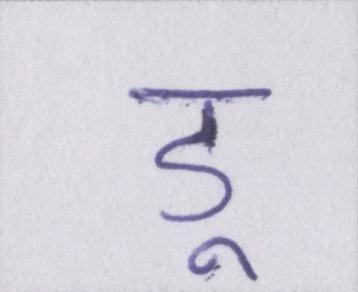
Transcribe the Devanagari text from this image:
डू